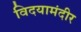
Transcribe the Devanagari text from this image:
विदयामंदीर